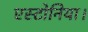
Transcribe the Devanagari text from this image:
एस्टोनिया।